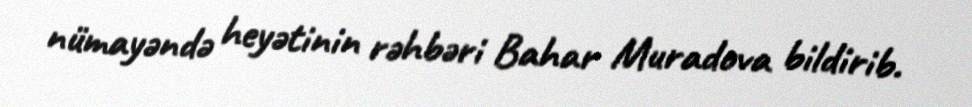
nümayəndə heyətinin rəhbəri Bahar Muradova bildirib.